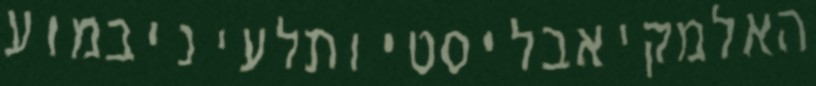
האלמקיאבליסטיותלעיניבמוע